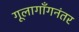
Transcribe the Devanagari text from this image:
गूलागाँगनंतर